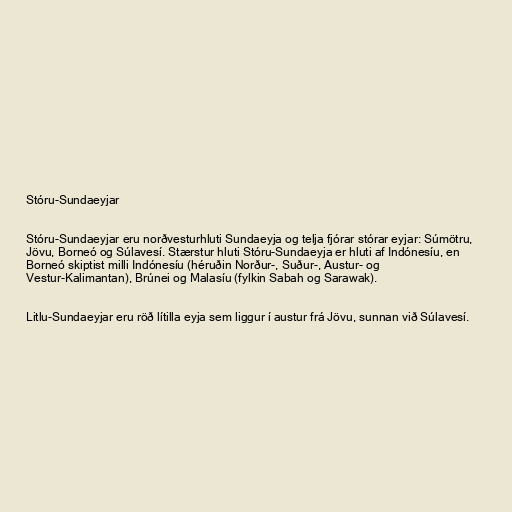
Stóru-Sundaeyjar

Stóru-Sundaeyjar eru norðvesturhluti Sundaeyja og telja fjórar stórar eyjar: Súmötru,
Jövu, Borneó og Súlavesí. Stærstur hluti Stóru-Sundaeyja er hluti af Indónesíu, en
Borneó skiptist milli Indónesíu (héruðin Norður-, Suður-, Austur- og
Vestur-Kalimantan), Brúnei og Malasíu (fylkin Sabah og Sarawak).

Litlu-Sundaeyjar eru röð lítilla eyja sem liggur í austur frá Jövu, sunnan við Súlavesí.